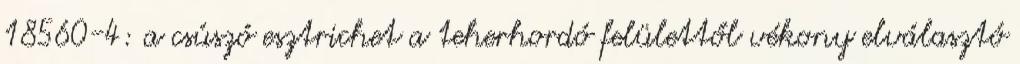
18560-4: a csúszó esztrichet a teherhordó felülettől vékony elválasztó